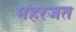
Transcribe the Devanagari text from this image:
महरजत